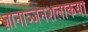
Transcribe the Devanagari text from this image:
ज्ञानाञ्जनशलाकया